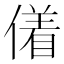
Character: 𬿜